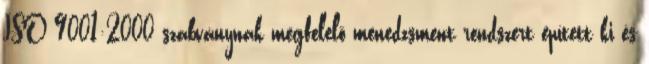
ISO 9001:2000 szabványnak megfelelõ menedzsment rendszert épített ki és